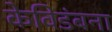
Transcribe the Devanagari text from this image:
केविडंबना